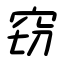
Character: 窃